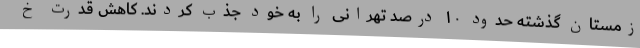
زمستان گذشته حدود ۱۰ درصد تهرانی را به خود جذب کردند. کاهش قدرت خ